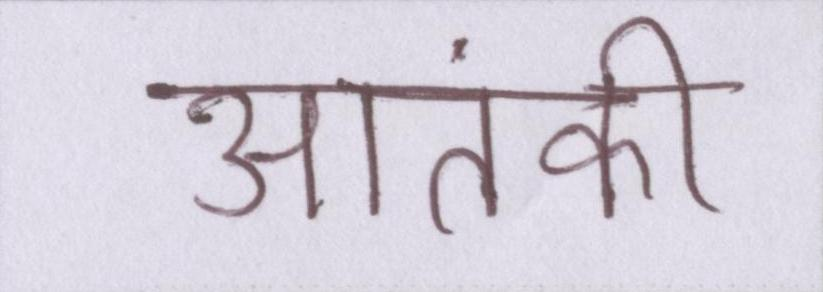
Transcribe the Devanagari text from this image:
आतंकी